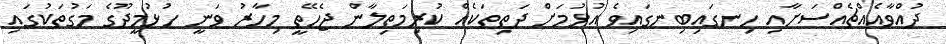
ދުއްވާއެއްޗެއްސަށާއި ހިނގައިބިނގައިވެ އުޅުމަށް ދަތިތަކެއް ކުރިމަތިލާން ޖެހޭތީ މިހާރު ވަނީ ހުޅުމީދޫގެ މަގުތަކުގައި